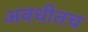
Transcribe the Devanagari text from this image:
अवधीतच